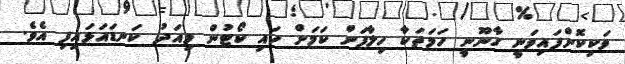
ވަކިކޮށްފައިވަނީ ގާނޫނީ ހަމަތަކާ ހިލާފަށް ކަމަށް ހައި ކޯޓުން މިއަދު ކަނޑައަޅައިފި އެވެ.